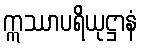
ဣဿာပရိယုဋ္ဌာနံ